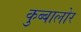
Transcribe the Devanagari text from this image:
कुब्बालोर